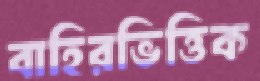
বাহিরভিত্তিক